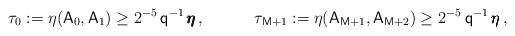
LaTeX: \begin{align*}\tau_0 := \eta(\mathsf{A}_0,\mathsf{A}_1)\geq 2^{-5}\,\mathsf{q}^{-1}\,\pmb{\eta}\,,\quad\qquad\tau_{\mathsf{M}+1} := \eta(\mathsf{A}_{\mathsf{M}+1},\mathsf{A}_{\mathsf{M}+2})\geq 2^{-5}\,\mathsf{q}^{-1}\,\pmb{\eta}\,,\end{align*}